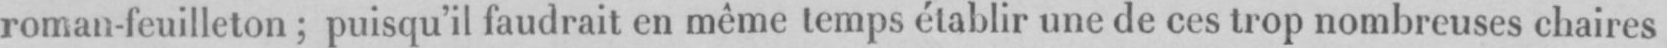
roman-feuilleton; puisqu’il faudrait en même temps établir une de ces trop nombreuses chaires